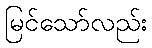
မြင်သော်လည်း